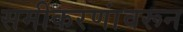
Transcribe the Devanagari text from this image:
समीकरणांवरून